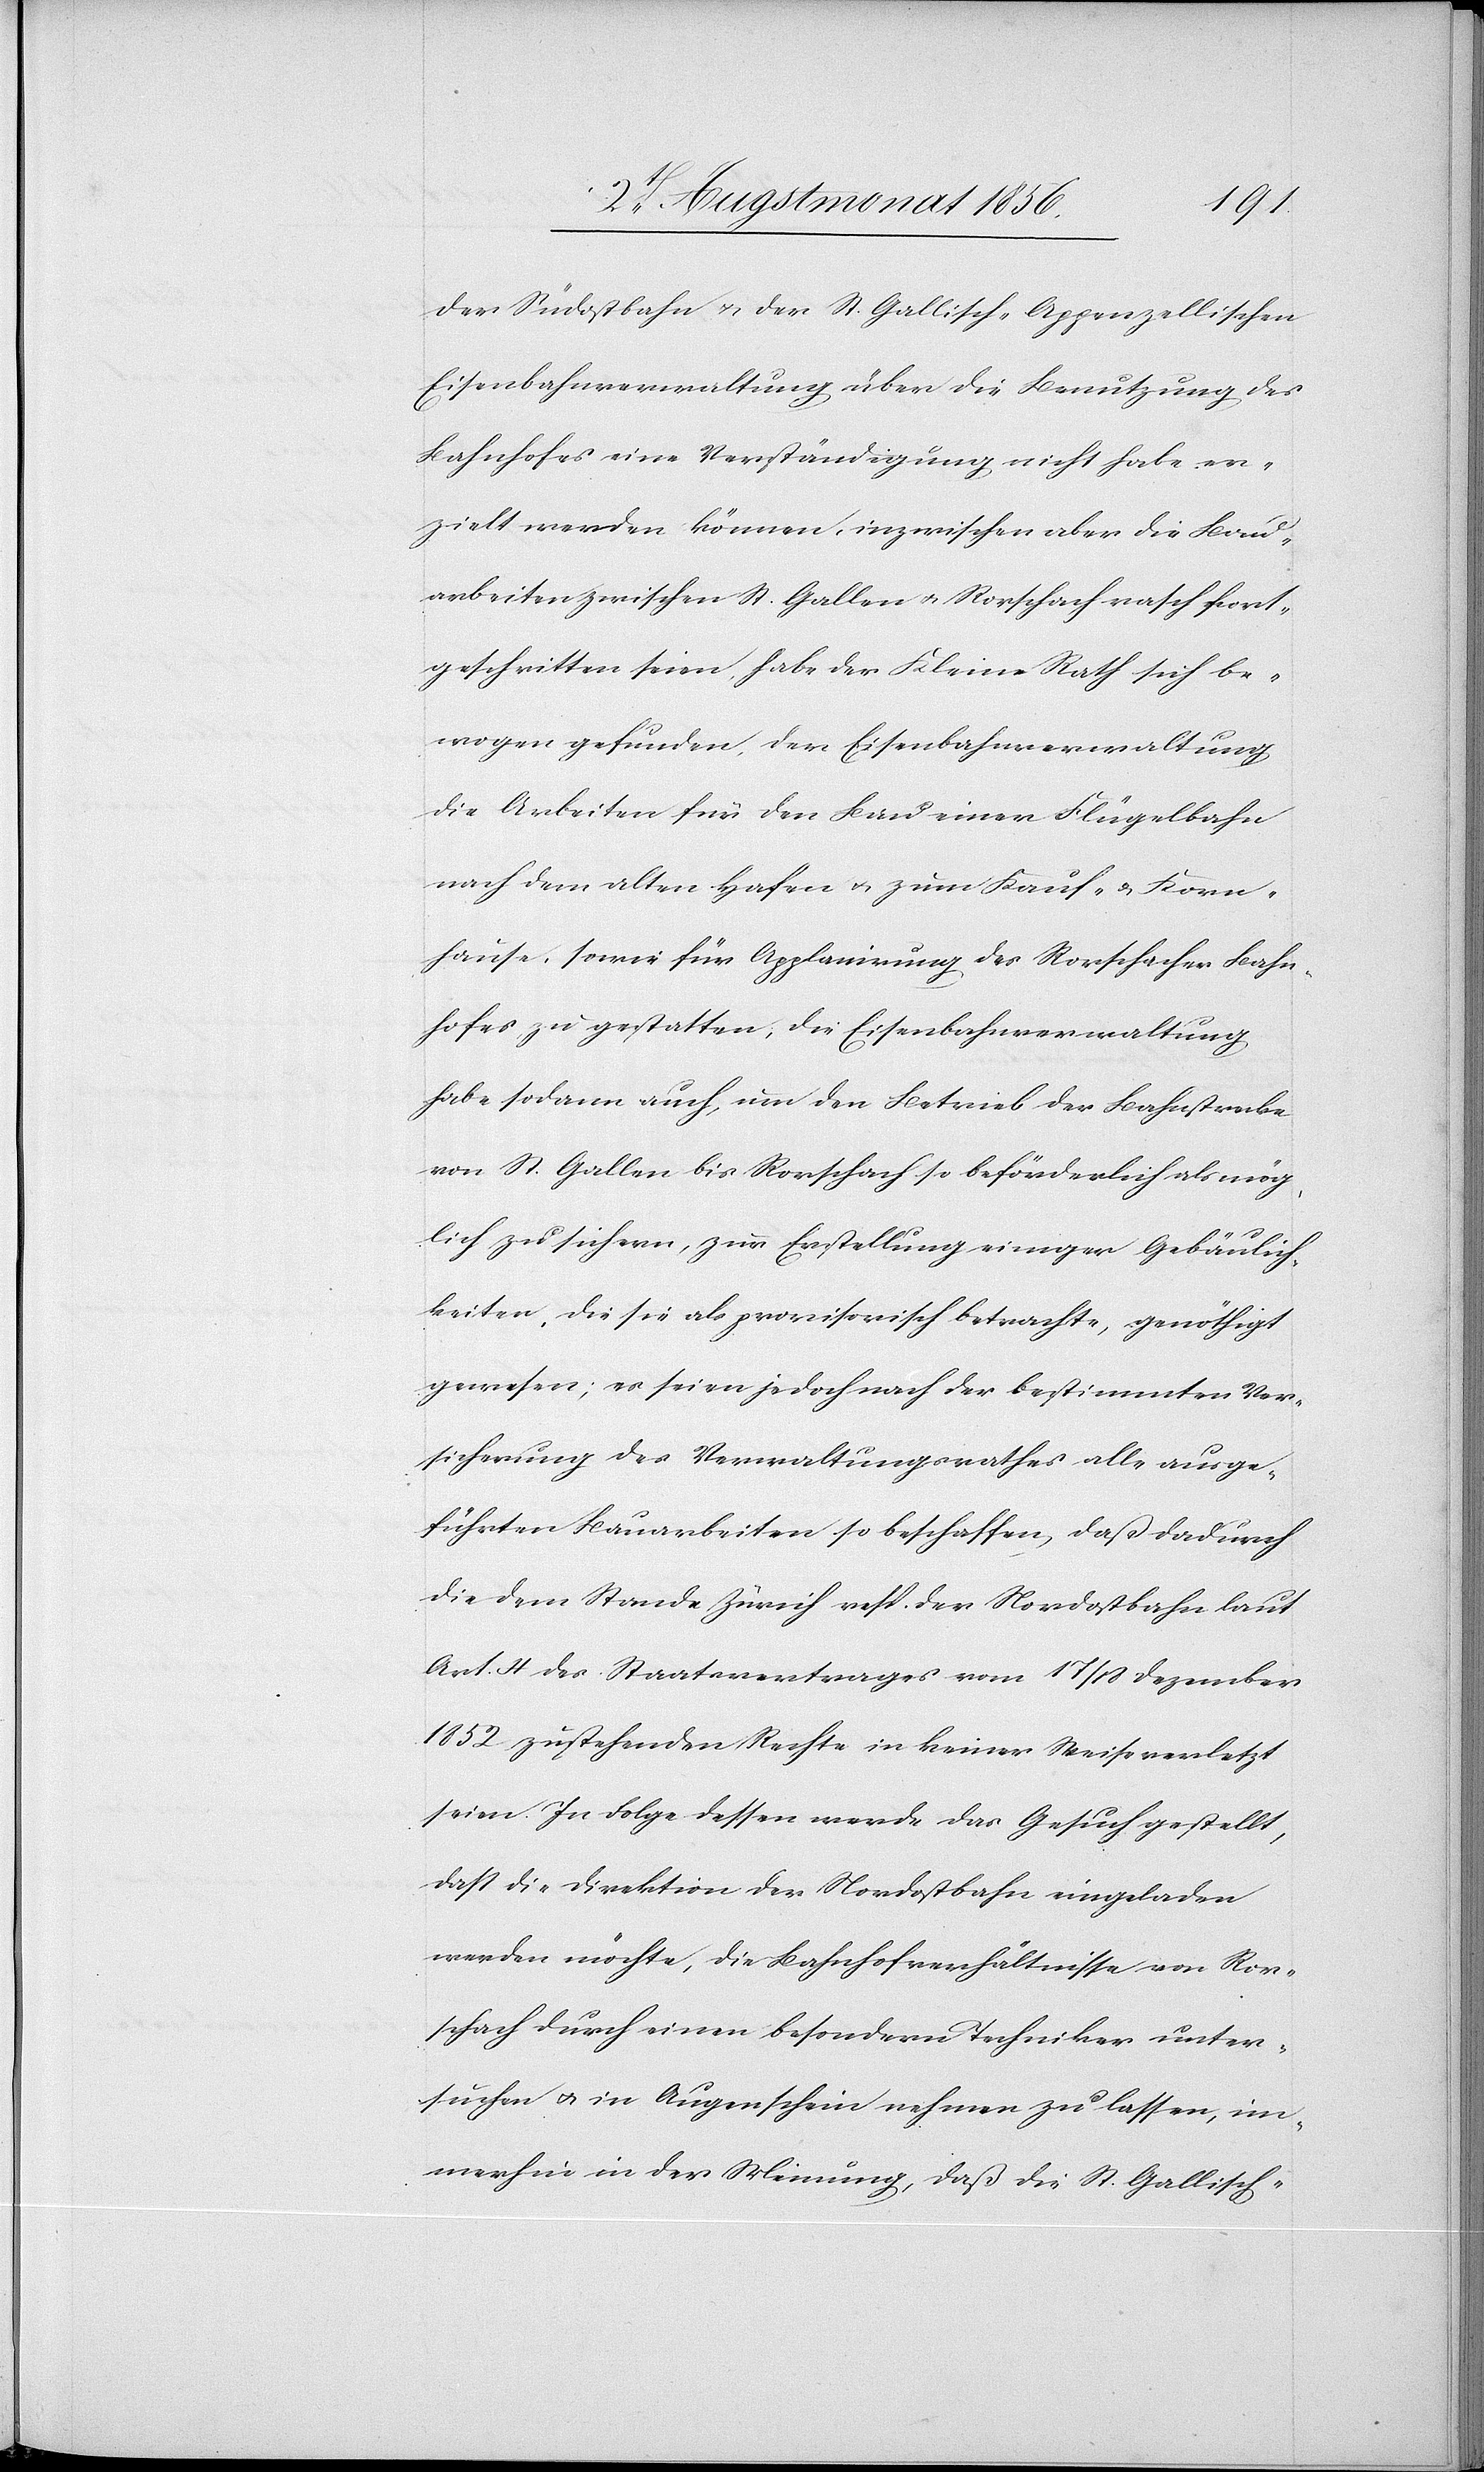
der Südostbahn u. der St. Gallisch-Appenzellischen
Eisenbahnverwaltung über die Benutzung des
Bahnhofes eine Verständigung nicht habe er¬
zielt werden können, inzwischen aber die Bau¬
arbeiten zwischen St. Gallen u. Rorschach rasch fort¬
geschritten seien, habe der Kleine Rath sich be¬
wogen gefunden, der Eisenbahnverwaltung
die Arbeiten für den Bau einer Flügelbahn
nach dem alten Hafen u. zum Kauf- u. Korn¬
hause, sowie für Applanirung des Rorschacher Bahn¬
hofes zu gestatten; die Eisenbahnverwaltung
habe sodann auch, um den Betrieb der Bahnstrecke
von St. Gallen bis Rorschach so beförderlich als mög¬
lich zu sichern, zur Erstellung einiger Gebäulich¬
keiten, die sie als provisorisch betrachte, genöthigt
gewesen; es seien jedoch nach der bestimmten Ver¬
sicherung des Verwaltungsrathes alle ausge¬
führten Bauarbeiten so beschaffen, daß dadurch
die dem Stande Zürich resp. der Nordostbahn laut
Art. 4 des Staatsvertrages vom 17/18 Dezember
1852 zustehenden Rechte in keiner Weise verletzt
seien. In Folge dessen werde das Gesuch gestellt,
dass die Direktion der Nordostbahn eingeladen
werden möchte, die Bahnhofverhältnisse von Ror¬
schach durch einen besondern Techniker unter¬
suchen u. in Augenschein nehmen zu lassen, im¬
merhin in der Meinung, daß die St. Gallisch-